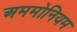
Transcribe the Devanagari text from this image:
अममोनियम